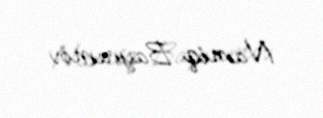
Namiq Bayramov